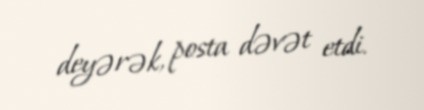
deyərək, posta dəvət etdi.